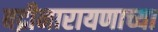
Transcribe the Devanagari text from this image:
बद्रीनारायणाच्या